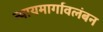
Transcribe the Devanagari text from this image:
न्यायमार्गावलंबन